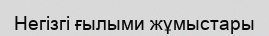
Негізгі ғылыми жұмыстары